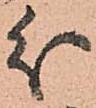
分